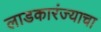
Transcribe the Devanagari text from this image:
लाडकारंज्याचा